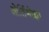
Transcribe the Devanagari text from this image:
ओर्तिगोझा